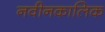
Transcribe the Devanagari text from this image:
नवीनकालिक